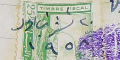
٢٠ تشرين اول ١٩٥٨